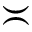
\asymp